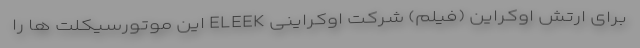
برای ارتش اوکراین (فیلم) شرکت اوکراینی ELEEK این موتورسیکلت ها را